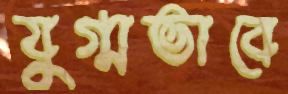
যুগ্মভাবে